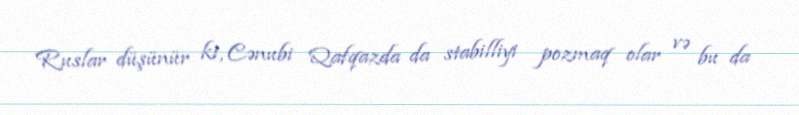
Ruslar düşünür ki, Cənubi Qafqazda da stabilliyi pozmaq olar və bu da